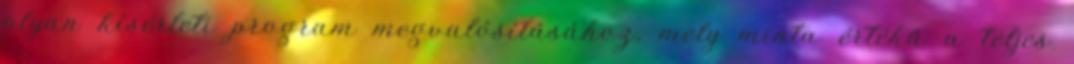
olyan kísérleti program megvalósításához, mely minta értékű a teljes